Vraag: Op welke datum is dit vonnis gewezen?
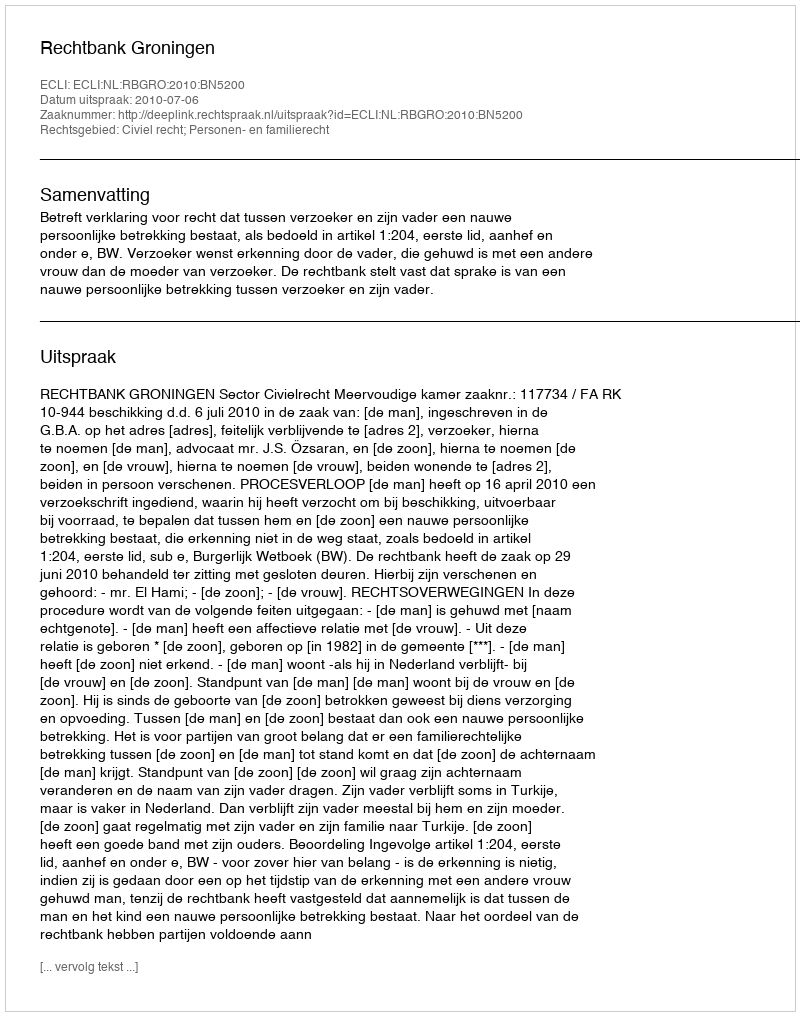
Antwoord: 2010-07-06